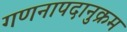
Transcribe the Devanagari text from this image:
गणनापदानुक्रम